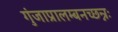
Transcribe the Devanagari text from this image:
गुंजाप्रालम्बनच्छन्नः